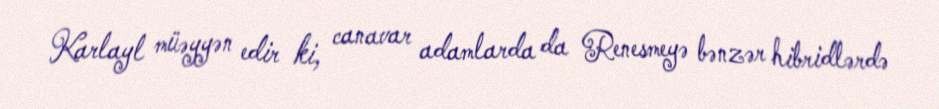
Karlayl müəyyən edir ki, canavar adamlarda da Renesmeyə bənzər hibridlərdə